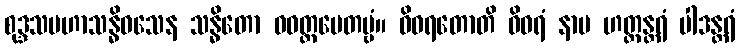
စုဒ္ဒသမဟာသန္ဓိဝသေန သန္ဓိတော ဝဝတ္ထပေတဗ္ဗံ။ ဝိဝရတောတိ ဝိဝရံ နာမ ဟတ္ထန္တရံ ပါဒန္တရံ